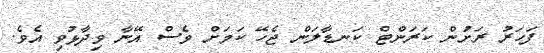
ފަހަރު ރަށުން ކަރަންޓް ކަނޑާލަން ޖެހޭ ކަމަށް ވެސް އޭނާ ވިދާޅުވި އެވެ.